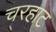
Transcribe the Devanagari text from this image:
चरहाट